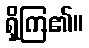
ရှိကြ၏။